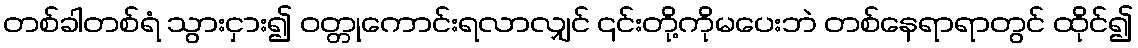
တစ်ခါတစ်ရံ သွားငှား၍ ဝတ္တုကောင်းရလာလျှင် ၎င်းတို့ကိုမပေးဘဲ တစ်နေရာရာတွင် ထိုင်၍